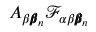
A _ { \beta { \pmb \beta } _ { n } } \mathcal { F } _ { \alpha \beta { \pmb \beta } _ { n } }